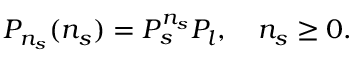
P _ { n _ { s } } ( n _ { s } ) = P _ { s } ^ { n _ { s } } P _ { l } , \quad n _ { s } \ge 0 .